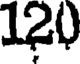
120